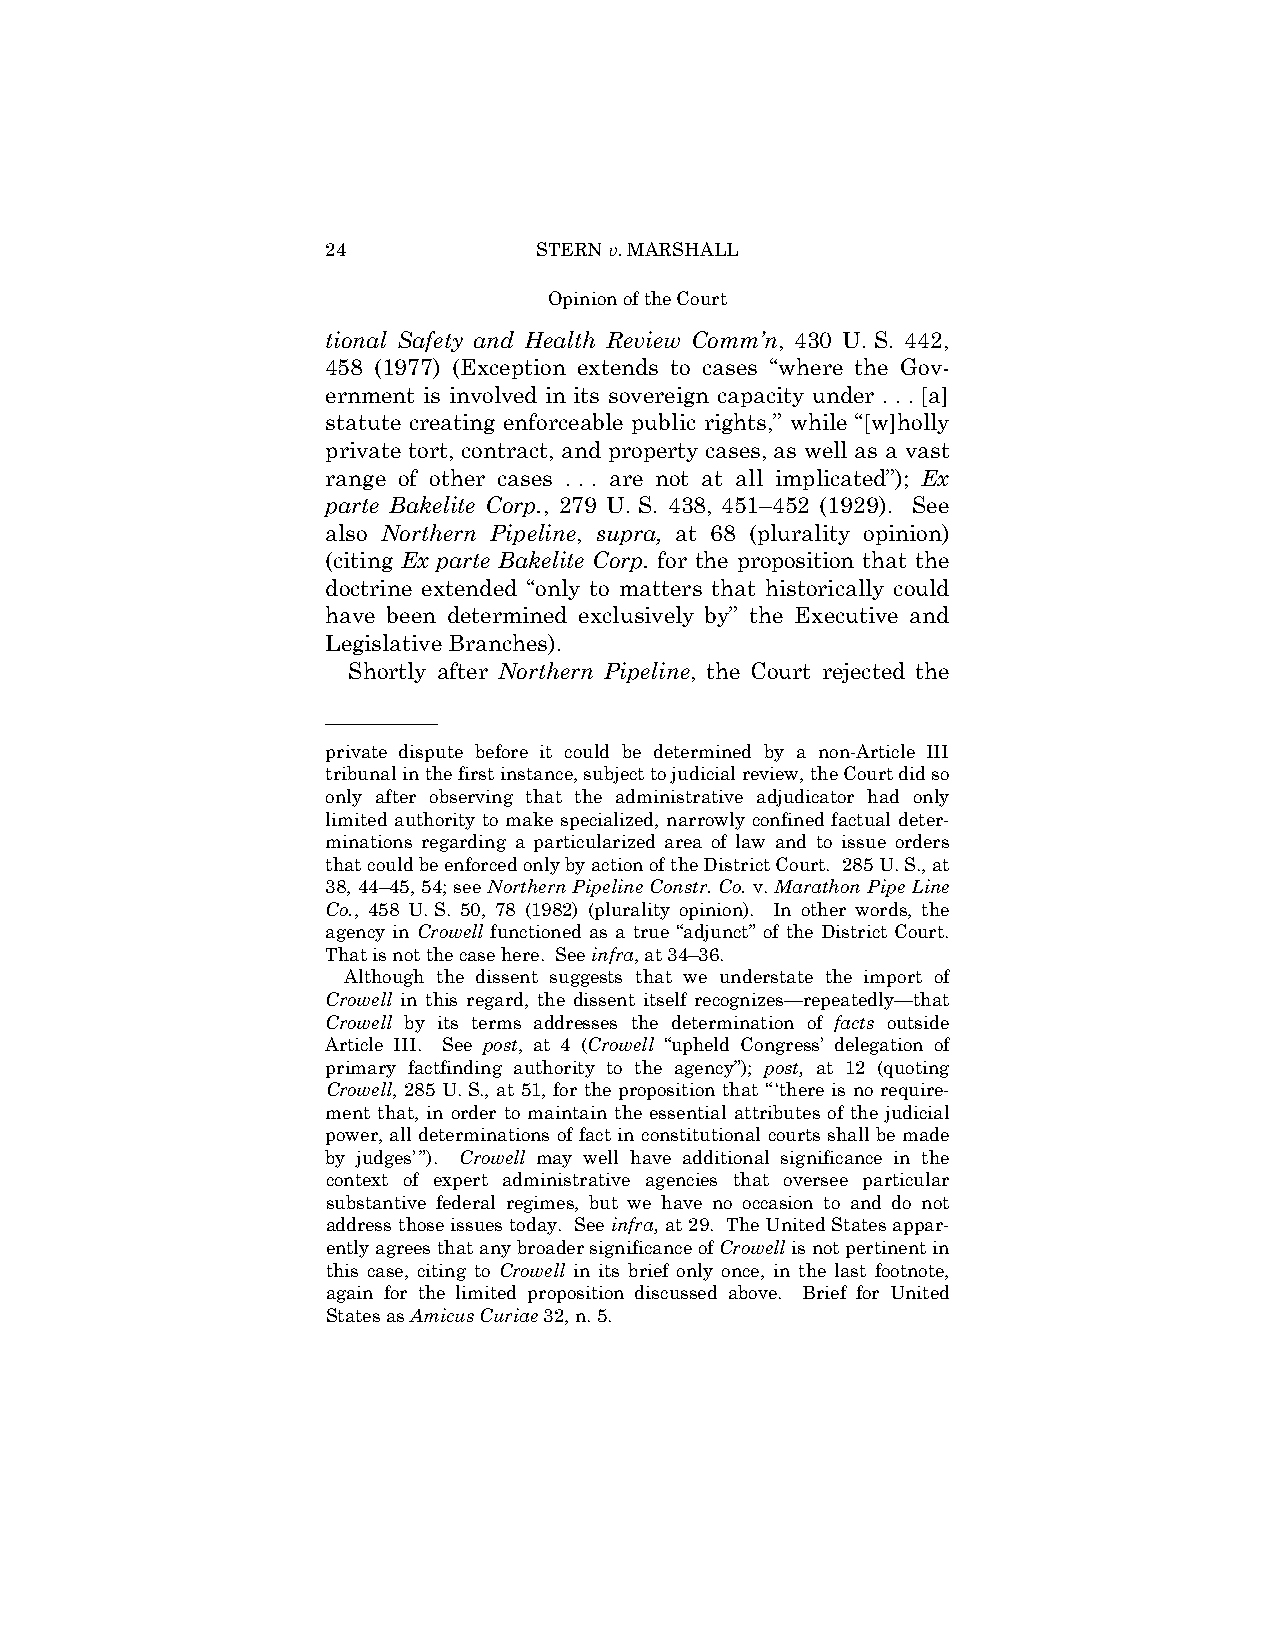
24            STERN v. MARSHALL
 Opinion of the Court
 tional Safety and Health Review Comm’n, 430 U. S. 442,
 458 (1977) (Exception extends to cases “where the Gov­
 ernment is involved in its sovereign capacity under . . . [a]
 statute creating enforceable public rights,” while “[w]holly
 private tort, contract, and property cases, as well as a vast
 range of other cases . . . are not at all implicated”); Ex
 parte Bakelite Corp., 279 U. S. 438, 451–452 (1929). See
 also Northern Pipeline, supra, at 68 (plurality opinion)
 (citing Ex parte Bakelite Corp. for the proposition that the
 doctrine extended “only to matters that historically could
 have been determined exclusively by” the Executive and
 Legislative Branches).
 Shortly after Northern Pipeline, the Court rejected the
 ——————
 private dispute before it could be determined by a non-Article III
 tribunal in the first instance, subject to judicial review, the Court did so
 only after observing that the administrative adjudicator had only
 limited authority to make specialized, narrowly confined factual deter­
 minations regarding a particularized area of law and to issue orders
 that could be enforced only by action of the District Court. 285 U. S., at
 38, 44–45, 54; see Northern Pipeline Constr. Co. v. Marathon Pipe Line
 Co., 458 U. S. 50, 78 (1982) (plurality opinion). In other words, the
 agency in Crowell functioned as a true “adjunct” of the District Court.
 That is not the case here. See infra, at 34–36.
 Although the dissent suggests that we understate the import of
 Crowell in this regard, the dissent itself recognizes—repeatedly—that
 Crowell by its terms addresses the determination of facts outside
 Article III. See post, at 4 (Crowell “upheld Congress’ delegation of
 primary factfinding authority to the agency”); post, at 12 (quoting
 Crowell, 285 U. S., at 51, for the proposition that “ ‘there is no require­
 ment that, in order to maintain the essential attributes of the judicial
 power, all determinations of fact in constitutional courts shall be made
 by judges’ ”). Crowell may well have additional significance in the
 context of expert administrative agencies that oversee particular
 substantive federal regimes, but we have no occasion to and do not
 address those issues today. See infra, at 29. The United States appar­
 ently agrees that any broader significance of Crowell is not pertinent in
 this case, citing to Crowell in its brief only once, in the last footnote,
 again for the limited proposition discussed above. Brief for United
 States as Amicus Curiae 32, n. 5.